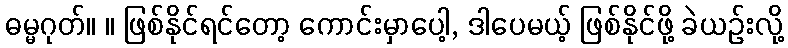
ဓမ္မဂုတ်။ ။ ဖြစ်နိုင်ရင်တော့ ကောင်းမှာပေါ့, ဒါပေမယ့် ဖြစ်နိုင်ဖို့ ခဲယဉ်းလို့